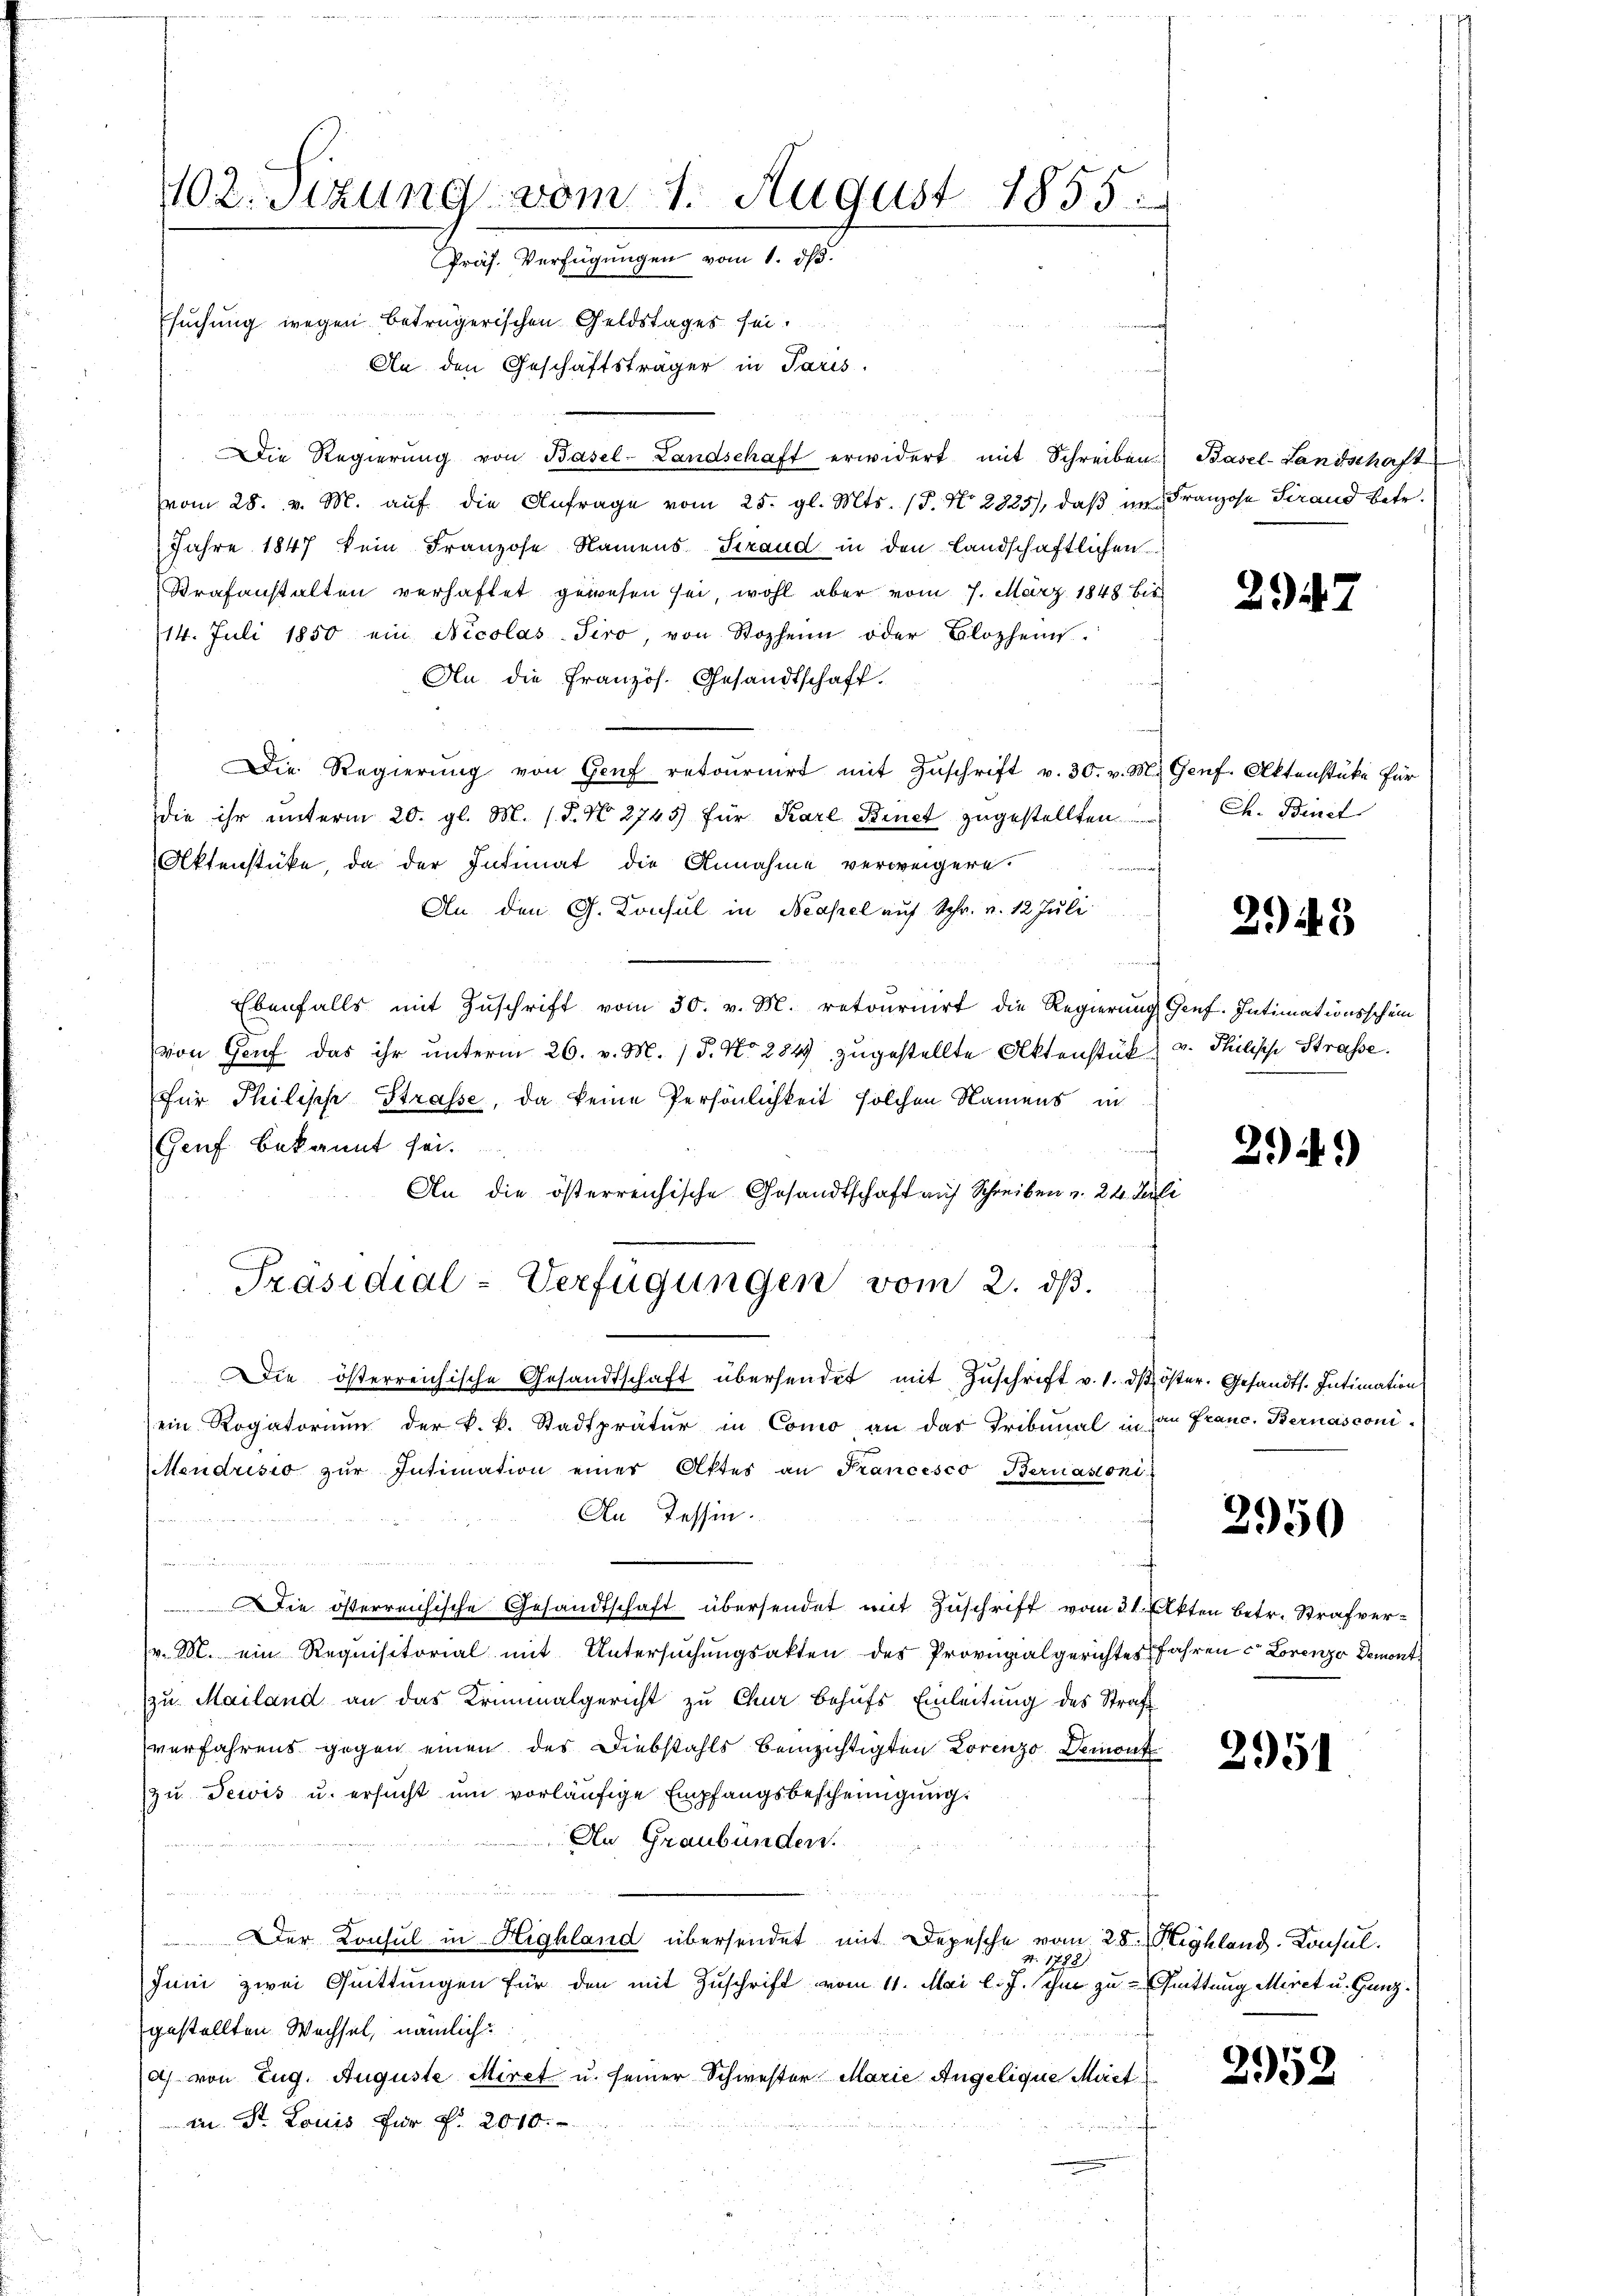
102. Sitzung vom 1. August 1855.
Präs. Verfügungen vom 1. dh.

suchung wegen beträgerischen Geldstages sei.
An den Geschäftsträger in Paris.
Die Regierŭng von Basel-Landschaft erwidert mit Schreiben Basel-Landschaft
vom 28. v. M. aŭf die Anfrage vom 25. gl. Mts. (T. No. 2825), daβ im Franzose Strand betr.
Jahre 1847 kein Franzose Namens Straud in den Landschaftlichen
Strafanstalten verhaftet gewesen sei, wohl aber vom 7. März 1848 be
14. Juli 1850 ein Nicolas-Jero, von Stophenn oder Blozheim.
An die Französ. Gesandtschaft.
Die Regierŭng von Genf retoŭrnirt mit Zŭschrift v. 30. v. M.
die ihr unterm 20. gl. M. s. S. No 2745) für Karl Binet zugestellten Ch. Binct
Aktenstücke, da der Intimat die Annahme verweigere.
  Horgestehen
An den G. Konsul in Neapel auf Schr. v. 12 Juli
Ebenfalls mit Zŭschrift vom 30. v. M. retournirt die Regierung
von Genf das ihr unterm 26. v. M. / 5. No 284 zugestellte Aktenstük
für Philisch Strasse, da keine Persönlichkeit solchen Namens in
Genf bekannt sei.
An die österreichische Gesandtschaft auf Schreiben u. 24. d
Präsidial-Verfügungen vom 2. ds.
Die österreichische Gesandtschaft übersendet mit Zŭschrift v. 1. ds.
ein Rogatorium der k. k. Stadtprätur in Como an das Tribunal in
Mendrisio zŭr Intimation einer Aktes an Francesco Bernasconi
An Tessin.
n
Die österreichische Gesandtschaft übersendet mit Zuschrift vom 21. Akten betr. Strafver¬
(v. M. ein Requisitorial mit Untersuchungsakten des Provinalgerichtes Jahren Lorenzo Demont
zu Mailand an das Kriminalgericht zu Chur behufs Einleitung des Strafe
verfahrens gegen einen des Diebstahls beinzichtigten Lorenzo Demont
zu Jewis u. ersucht ŭm vorläufige Empfangsbescheinigung.
An Graubünden.
 Der Konsul in Highland übersendet mit Depesche vom 28. Kehlend. Consul
4. 1788
Juni zwei Quittungen für den mit Zuschrift vom 11. Mai l. J. ihm zu Quittung Miret u. Gunzgestellten Wechsel, nämlich
a) von Zug. Auguste Miret u. seiner Schwester Marie Angelique Miet
zu. St. Louis für f. 2010.

29

d.) Genf. Aktenstüke für

2943

Genf. Intimationsschein
v. Philische Strasse.

294.

Zöster. Gesandts. Intimation
zau Franc. Bernasconi

2950

2951

2952